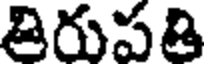
తిరుపతి